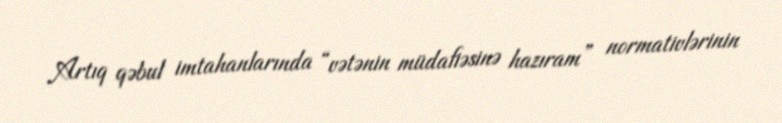
Artıq qəbul imtahanlarında “vətənin müdafiəsinə hazıram” normativlərinin